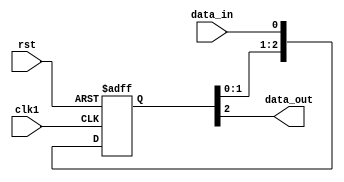
module three_flop_synchronizer (
    input wire clk1, // Input clock 1
    input wire rst, // Reset signal
    input wire data_in, // Input data signal
    output reg data_out // Synchronized output data signal
);

reg [2:0] sync_data; // Reg for synchronized data

always @(posedge clk1 or posedge rst) begin
    if (rst) begin
        sync_data <= 3'b0; // Reset synchronizer
    end else begin
        sync_data <= {sync_data[1:0], data_in}; // Shift data input through synchronizer
    end
end

assign data_out = sync_data[2]; // Output synchronized data

endmodule